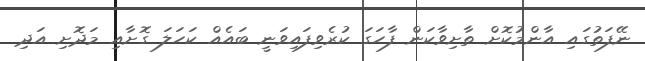
ނޭފަތުގައި އާންމުކޮށް ތާށިވާކަން ފާހަގަ ކުރެވިފައިވަނީ ބައެއް ކަހަލަ ގޮށާއި މަދޮށި އަދި